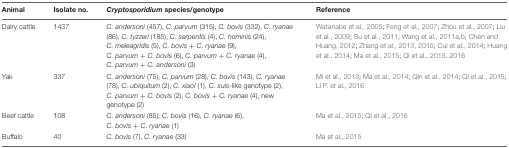
<table><thead><tr><td><b>Animal</b></td><td><b>Isolate no.</b></td><td><b><i>Cryptosporidium</i> species/genotype</b></td><td><b>Reference</b></td></tr></thead><tbody><tr><td>Dairy cattle</td><td>1437</td><td><i>C. andersoni</i> (457), <i>C. parvum</i> (315), <i>C. bovis</i> (332), <i>C. ryanae</i> (86), <i>C. tyzzeri</i> (185), <i>C. serpentis</i> (4), <i>C. hominis</i> (24), <i>C. meleagridis</i> (5), <i>C. bovis</i> + <i>C. ryanae</i> (9), <i>C. parvum</i> + <i>C. bovis</i> (6), <i>C. parvum</i> + <i>C. ryanae</i> (4), <i>C. parvum</i> + <i>C. andersoni</i> (3)</td><td>Watanabe et al., 2005; Feng et al., 2007; Zhou et al., 2007; Liu et al., 2009; Su et al., 2011; Wang et al., 2011a,b; Chen and Huang, 2012; Zhang et al., 2013, 2015; Cui et al., 2014; Huang et al., 2014; Ma et al., 2015; Qi et al., 2015, 2016</td></tr><tr><td>Yak</td><td>337</td><td><i>C. andersoni</i> (75), <i>C. parvum</i> (28), <i>C. bovis</i> (143), <i>C. ryanae</i> (78), <i>C. ubiquitum</i> (2), <i>C. xiaoi</i> (1), <i>C. suis</i>-like genotype (2), <i>C. parvum</i> + <i>C. bovis</i> (2), <i>C. bovis</i> + <i>C. ryanae</i> (4), new genotype (2)</td><td>Mi et al., 2013; Ma et al., 2014; Qin et al., 2014; Qi et al., 2015; Li P. et al., 2016</td></tr><tr><td>Beef cattle</td><td>108</td><td><i>C. andersoni</i> (85), <i>C. bovis</i> (16), <i>C. ryanae</i> (6), <i>C. bovis</i> + <i>C. ryanae</i> (1)</td><td>Ma et al., 2015; Qi et al., 2016</td></tr><tr><td>Buffalo</td><td>40</td><td><i>C. bovis</i> (7), <i>C. ryanae</i> (33)</td><td>Ma et al., 2015</td></tr></tbody></table>